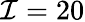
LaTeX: \mathcal{I}=20